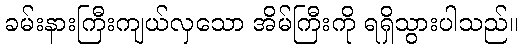
ခမ်းနားကြီးကျယ်လှသော အိမ်ကြီးကို ရရှိသွားပါသည်။